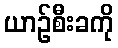
ယာဉ်စီးခကို